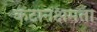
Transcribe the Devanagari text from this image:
कटानक्षमता